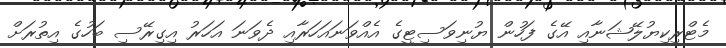
މެޓްރިކިޔުލޭޝަނާއި އޭގެ ފަހުން ޔުނިވަސިޓީގެ އެއްވަނައަހަރާއި ދެވަނަ އަހަރު އިގިރޭސި ބަހުގެ އިތުރަށް